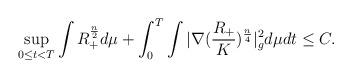
LaTeX: \begin{align*}\sup_{0 \leq t < T}\int R_{+}^{\frac{n}{2}}d\mu+\int^{T}_{0}\int \vert \nabla(\frac{R_{+}}{K})^{\frac{n}{4}}\vert_{g}^{2}d\mu dt \leq C.\end{align*}